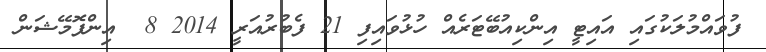
ފުވައްމުލަކުގައި އައިޓީ އިންކިއުބޭޓަރެއް ހުޅުވައިފި 21 ފެބުރުއަރީ 2014 8  އިންފޮމޭޝަން